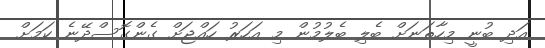
އަދި ބުނީ މިހާތަނަށް ބެލި ބެލުމުން މި އަހަރު ހައްޖަށް ގެންގޮސްދޭނެ ކަމަށް